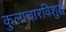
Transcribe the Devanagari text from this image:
कुलाचारविशुद्धं